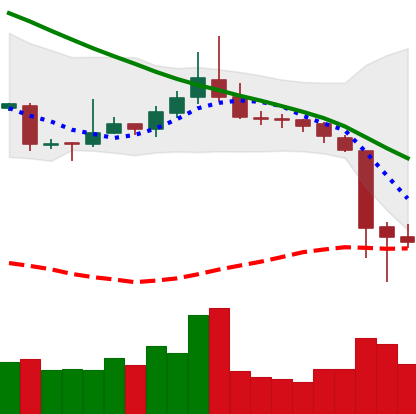
Ticker: TRX-USD
Chart end date: 2018-11-16
Forward return: -22.068%
Label: down_7plus